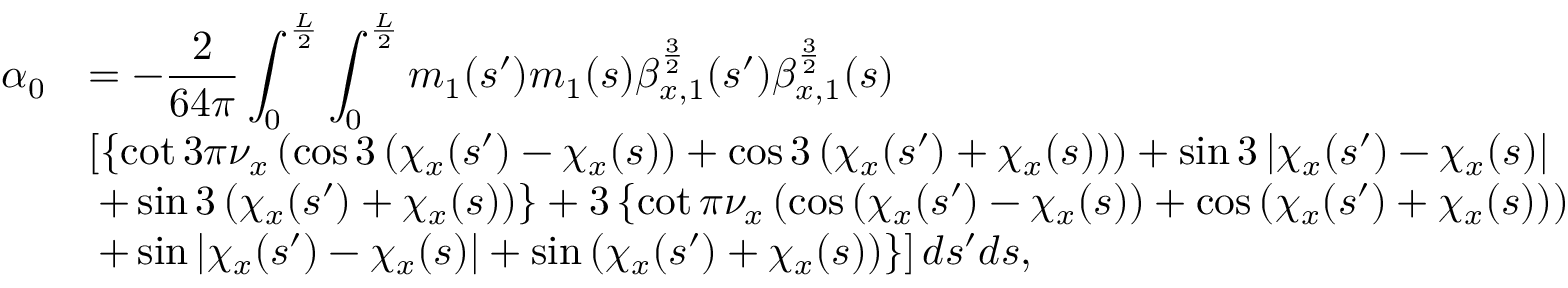
\begin{array} { c l } { \displaystyle \alpha _ { 0 } } & { \displaystyle = - \displaystyle \frac { 2 } { 6 4 \pi } \int _ { 0 } ^ { \frac { L } { 2 } } { \int _ { 0 } ^ { \frac { L } { 2 } } { m _ { 1 } ( s ^ { \prime } ) m _ { 1 } ( s ) \beta _ { x , 1 } ^ { \frac { 3 } { 2 } } ( s ^ { \prime } ) \beta _ { x , 1 } ^ { \frac { 3 } { 2 } } ( s ) } } } \\ & { \displaystyle \left[ \left\{ \cot { 3 \pi \nu _ { x } } \left( \cos { 3 \left( \chi _ { x } ( s ^ { \prime } ) - \chi _ { x } ( s ) \right) } + \cos { 3 \left( \chi _ { x } ( s ^ { \prime } ) + \chi _ { x } ( s ) \right) } \right) + \sin { 3 \left| \chi _ { x } ( s ^ { \prime } ) - \chi _ { x } ( s ) \right| } \right. \right. } \\ & { \left. \left. + \sin { 3 \left( \chi _ { x } ( s ^ { \prime } ) + \chi _ { x } ( s ) \right) } \right\} + 3 \left\{ \cot { \pi \nu _ { x } } \left( \cos { \left( \chi _ { x } ( s ^ { \prime } ) - \chi _ { x } ( s ) \right) } + \cos { \left( \chi _ { x } ( s ^ { \prime } ) + \chi _ { x } ( s ) \right) } \right) \right. \right. } \\ & { \displaystyle \left. \left. + \sin { \left| \chi _ { x } ( s ^ { \prime } ) - \chi _ { x } ( s ) \right| } + \sin { \left( \chi _ { x } ( s ^ { \prime } ) + \chi _ { x } ( s ) \right) } \right\} \right] d s ^ { \prime } d s , } \end{array}